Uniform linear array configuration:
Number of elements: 32
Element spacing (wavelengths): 1
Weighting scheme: uniform
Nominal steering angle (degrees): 45
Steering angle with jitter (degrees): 45.934
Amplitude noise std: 0.05
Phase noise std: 0.05

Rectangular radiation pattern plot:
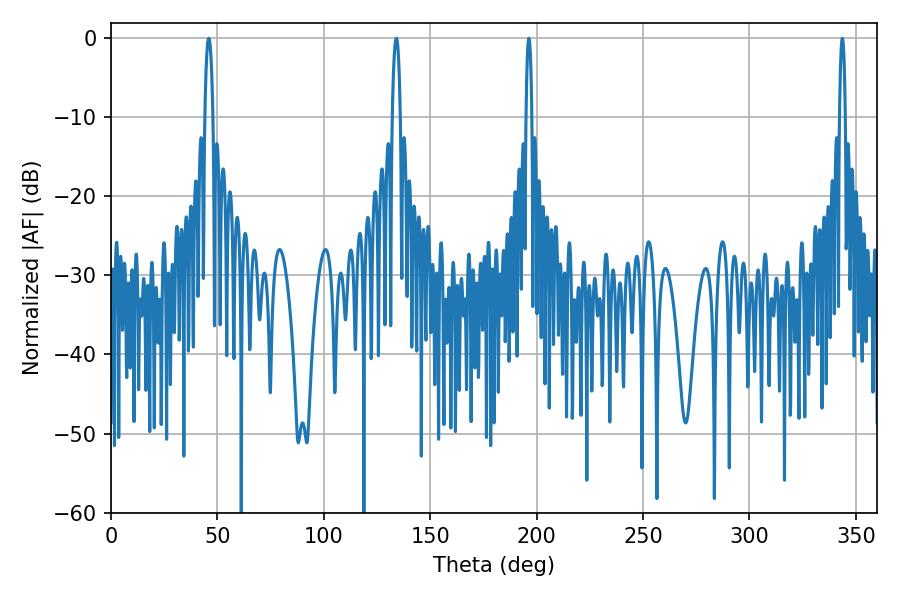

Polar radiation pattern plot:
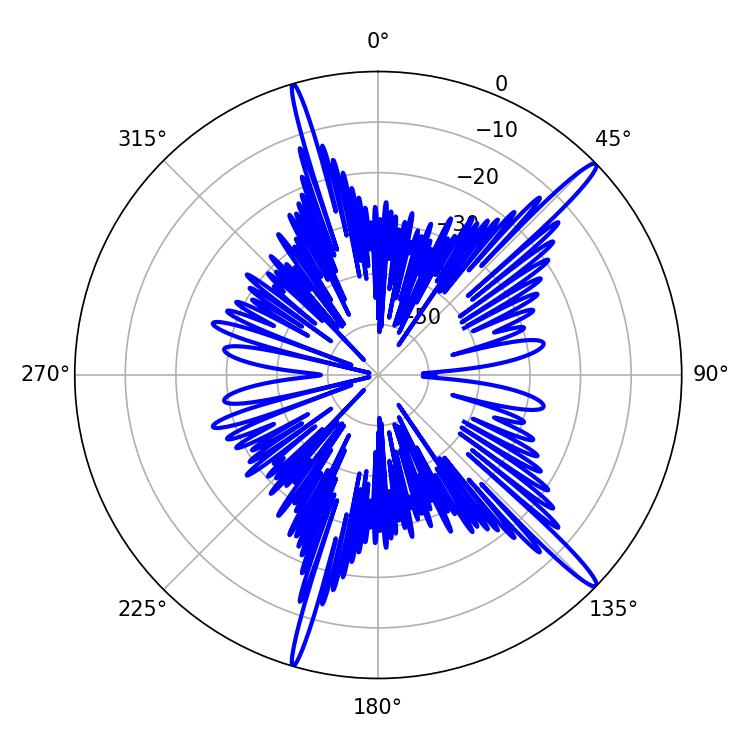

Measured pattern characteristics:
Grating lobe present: TRUE
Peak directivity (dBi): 16.409
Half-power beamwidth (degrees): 2.16
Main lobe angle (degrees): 45.9